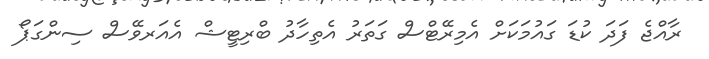
ރާއްޖެ ފަދަ ކުޑަ ގައުމަކަށް އެމިރޭޓްސް ގަތަރު އެތިހާދު ބްރިޓީޝް އެއަރވޭސް ސިންގަޕޯ